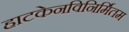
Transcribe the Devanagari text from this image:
हाटकेनविनिर्मितम